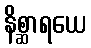
နိစ္ဆာရယေ